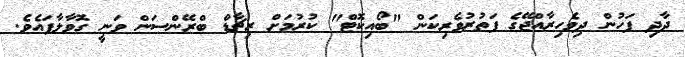
ދާދި ފަހުން ދިވެހިރާއްޖޭގެ ފަތުރުވެރިކަން "ބޯއިކޮޓް" ކުރުމަށް ރިޗާޑް ބްރޭންސަން ވަނީ ގޮވާލާފައެވެ.